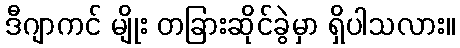
ဒီဂျာကင် မျိုး တခြားဆိုင်ခွဲမှာ ရှိပါသလား။